Annual report of the Punjab Veterinary College and of the Civil Veterinary Department, Punjab - 1909-1919
Year: 1909
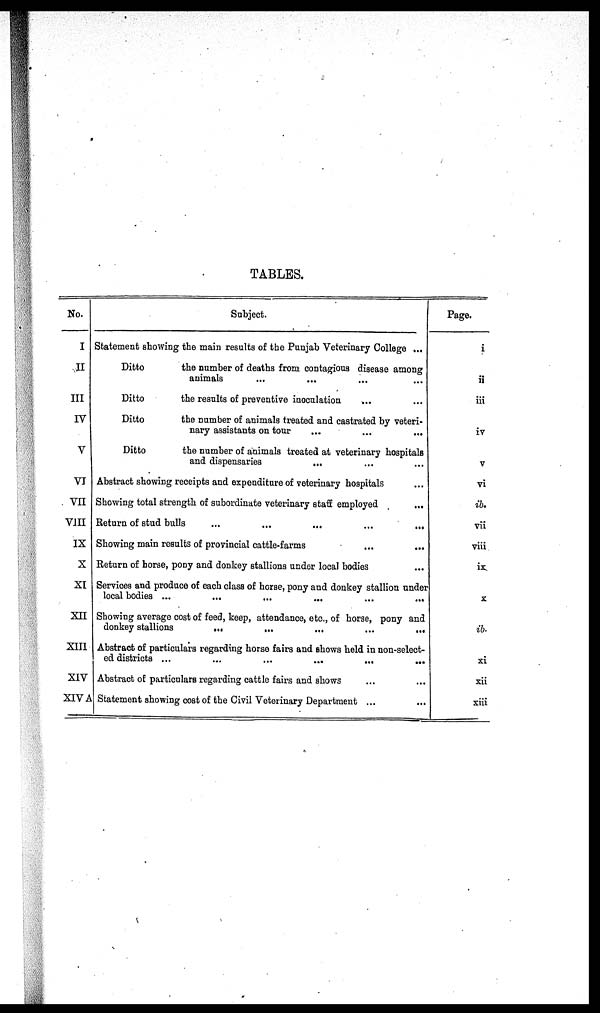
TABLES.
No.
I
II
III
IV
V
VI
VII
VIII
IX
X
XI
XII
XIII
XIV
XIV A
Subject.
Statement showing the main results of the Punjab Veterinary College ...
Ditto
the number of deaths from contagious disease among
animals ... ... ... ...
Ditto
the results of preventive inoculation ... ...
Ditto
the number of animals treated and castrated by veteri-
nary assistants on tour
...
...
...
Ditto
the number of animals treated at veterinary hospitals
and dispensaries
... ... ...
Abstract showing receipts and expenditure of veterinary hospitals ...
Showing total strength of subordinate veterinary staff employed ...
Return of stud bulls
...
...
...
...
...
Showing main results of provincial cattle-farms ... ...
Return of horse, pony and donkey stallions under local bodies ...
Services and produce of each class of horse, pony and donkey stallion under
local bodies ...
...
...
...
...
...
Showing average cost of feed, keep, attendance, etc., of horse, pony and
donkey stallions
...
...
...
...
...
Abstract of particulars regarding horse fairs and shows held in non-select-
ed districts ...
...
...
...
...
...
Abstract of particulars regarding cattle fairs and shows ... ...
Statement showing cost of the Civil Veterinary Department ... ...
Page.
i
ii
iii
iv
v
vi
ib.
vii
viii
ix
x
ib.
xi
xii
xiii